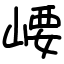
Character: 崾